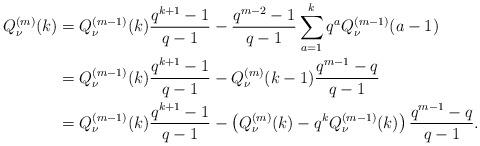
LaTeX: \begin{align*}Q^{(m)}_\nu(k) &= Q^{(m-1)}_\nu(k)\frac{q^{k+1}-1}{q-1} - \frac{q^{m-2}-1}{q-1}\sum_{a=1}^k q^aQ^{(m-1)}_\nu(a-1) \\&= Q^{(m-1)}_\nu(k)\frac{q^{k+1}-1}{q-1} - Q^{(m)}_\nu(k-1)\frac{q^{m-1}-q}{q-1} \\&= Q^{(m-1)}_\nu(k)\frac{q^{k+1}-1}{q-1} - \left(Q^{(m)}_\nu(k) - q^{k}Q^{(m-1)}_\nu(k)\right)\frac{q^{m-1}-q}{q-1}.\end{align*}